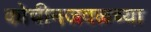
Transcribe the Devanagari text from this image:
कोचीनजवळच्या